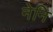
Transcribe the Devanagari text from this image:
नेनि